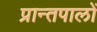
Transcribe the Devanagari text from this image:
प्रान्तपालों